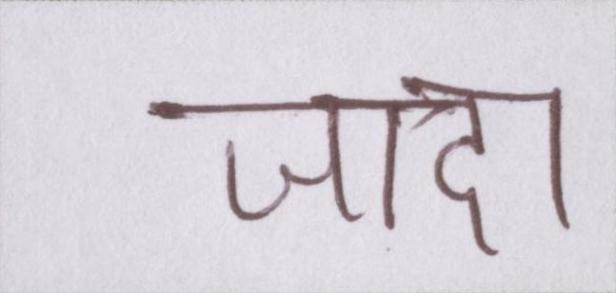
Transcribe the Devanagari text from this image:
जादा